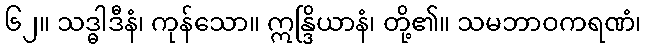
၆၂။ သဒ္ဓါဒီနံ၊ ကုန်သော။ ဣန္ဒြိယာနံ၊ တို့၏။ သမဘာဝကရဏံ၊